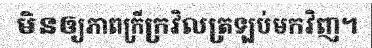
មិនឲ្យភាពក្រីក្រវិលត្រឡប់មកវិញ។